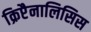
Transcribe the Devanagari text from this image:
क्रिप्टैनालिसिस